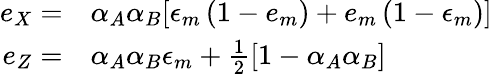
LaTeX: \begin{array}{rl}{e_{X}=}&{{}\alpha_{A}\alpha_{B}[\epsilon_{m}\left(1-e_{m}\right)+e_{m}\left(1-\epsilon_{m}\right)]}\\ {e_{Z}=}&{{}\alpha_{A}\alpha_{B}\epsilon_{m}+\frac{1}{2}\left[1-\alpha_{A}\alpha_{B}\right]}\end{array}